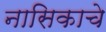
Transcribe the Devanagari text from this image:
नासिकाचे